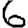
Digit: 6